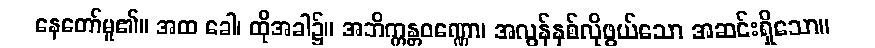
နေတော်မူ၏။ အထ ခေါ၊ ထိုအခါ၌။ အဘိက္ကန္တဝဏ္ဏော၊ အလွန်နှစ်လိုဖွယ်သော အဆင်းရှိသော။